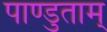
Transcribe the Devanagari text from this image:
पाण्डुताम्‌